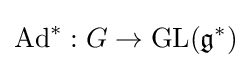
\mathrm {Ad} ^{*}:G\rightarrow \mathrm {GL} ({\mathfrak {g}}^{*})